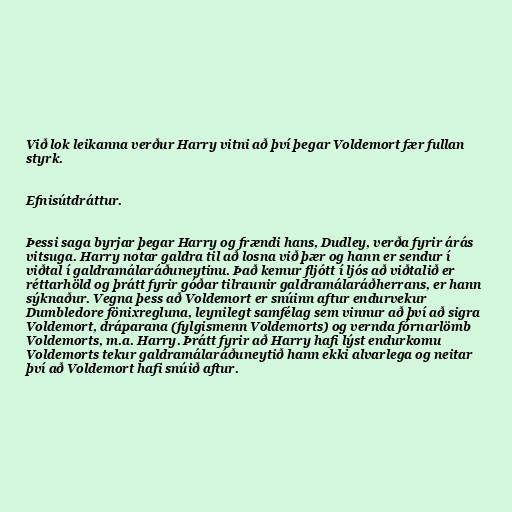
Við lok leikanna verður Harry vitni að því þegar Voldemort fær fullan
styrk.

Efnisútdráttur.

Þessi saga byrjar þegar Harry og frændi hans, Dudley, verða fyrir árás
vitsuga. Harry notar galdra til að losna við þær og hann er sendur í
viðtal í galdramálaráðuneytinu. Það kemur fljótt í ljós að viðtalið er
réttarhöld og þrátt fyrir góðar tilraunir galdramálaráðherrans, er hann
sýknaður. Vegna þess að Voldemort er snúinn aftur endurvekur
Dumbledore fönixregluna, leynilegt samfélag sem vinnur að því að sigra
Voldemort, dráparana (fylgismenn Voldemorts) og vernda fórnarlömb
Voldemorts, m.a. Harry. Þrátt fyrir að Harry hafi lýst endurkomu
Voldemorts tekur galdramálaráðuneytið hann ekki alvarlega og neitar
því að Voldemort hafi snúið aftur.